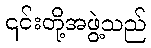
၎င်းတို့အဖွဲ့သည်